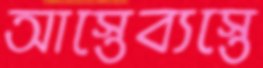
আস্তেব্যস্তে